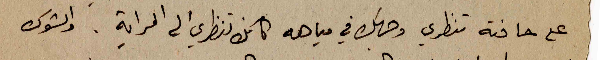
على حافته تنظري وجهك في مياهه كانك تنظري الى المراية. والشوك